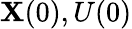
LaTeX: \mathbf{X}(0),U(0)